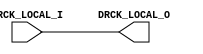
`timescale 1 ps / 1 ps
module icon_bscan_bufg (
  input  wire        DRCK_LOCAL_I,
  output wire        DRCK_LOCAL_O
  );
  assign DRCK_LOCAL_O = DRCK_LOCAL_I;
endmodule